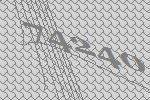
74240